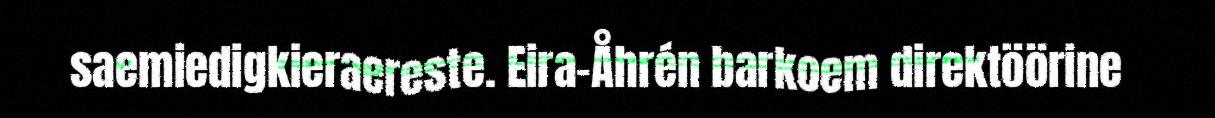
saemiedigkieraereste. Eira-Åhrén barkoem direktöörine